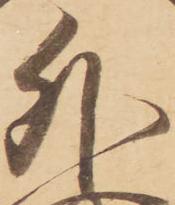
外